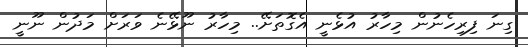
ގިނަ ފިރިހެނުން މިހާރު އުޅެނީ އެގޮތަށޭ.. މިހާރު ނޫޅޭނެ ވަރަށް މަދުން ނޫނީ